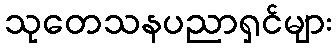
သုတေသနပညာရှင်များ